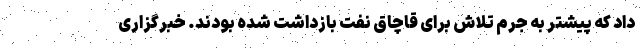
داد که پیشتر به جرم تلاش برای قاچاق نفت بازداشت شده بودند. خبرگزاری